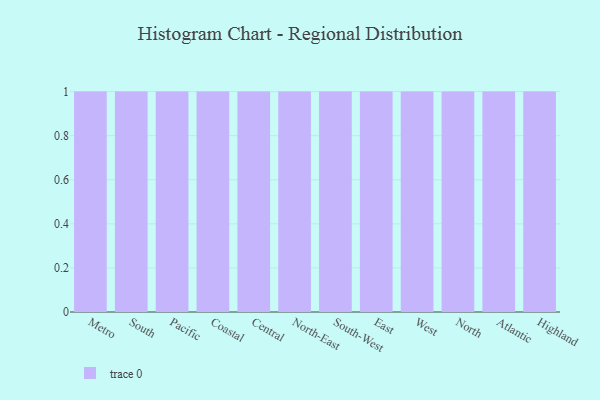
{"axis": {"x": "Region", "y": "Headcount"}, "legend": [""], "data": [{"x": "Metro", "y": 15, "type": ""}, {"x": "South", "y": 62, "type": ""}, {"x": "Pacific", "y": 85, "type": ""}, {"x": "Coastal", "y": 64, "type": ""}, {"x": "Central", "y": 83, "type": ""}, {"x": "North-East", "y": 91, "type": ""}, {"x": "South-West", "y": 57, "type": ""}, {"x": "East", "y": 8, "type": ""}, {"x": "West", "y": 7, "type": ""}, {"x": "North", "y": 60, "type": ""}, {"x": "Atlantic", "y": 3, "type": ""}, {"x": "Highland", "y": 74, "type": ""}]}